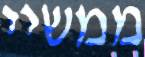
ממשיי